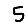
Digit: 5